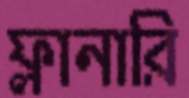
ফ্লানারি